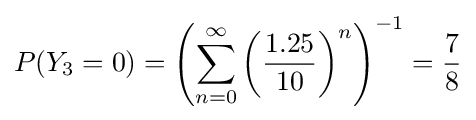
P(Y_{3}=0)=\left(\sum _{n=0}^{\infty }\left({\frac {1.25}{10}}\right)^{n}\right)^{-1}={\frac {7}{8}}